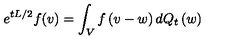
e ^ { t L / 2 } f ( v ) = \int _ { V } f \left( v - w \right) d Q _ { t } \left( w \right)